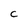
Character: C